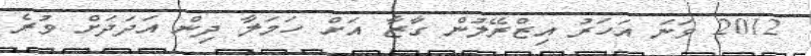
2012 ވަނަ އަހަރު އިޒްރޭލުން ގާޒާ އަށް ހަމަލާ ދިން އަދަދަށް ވުރެ